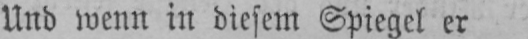
Und wenn in diesem Spiegel er